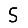
Digit: 5